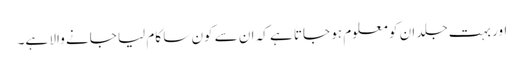
اور بہت جلد ان کو معلوم ہو جاتا ہے کہ ان سے کون سا کام لیا جانے والا ہے۔